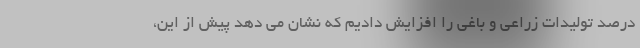
درصد تولیدات زراعی و باغی را افزایش دادیم که نشان می دهد پیش از این،